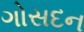
ગોસદન